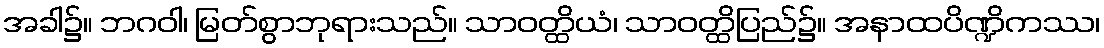
အခါ၌။ ဘဂဝါ၊ မြတ်စွာဘုရားသည်။ သာဝတ္ထိယံ၊ သာဝတ္ထိပြည်၌။ အနာထပိဏ္ဍိကဿ၊